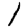
Digit: 1